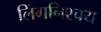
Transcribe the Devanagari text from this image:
लिंगनिश्चय